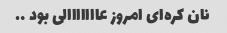
نان کره‌ای امروز عااااااالی بود ….